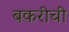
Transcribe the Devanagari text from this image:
बकरीची